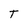
Character: T